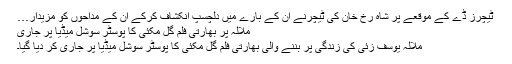
ٹیچرز ڈے کے موقعے پر شاہ رخ خان کی ٹیچرنے ان کے بارے میں دلچسپ انکشاف کرکے ان کے مداحوں کو مزیدار…
ملالہ پر بھارتی فلم گل مکئی کا پوسٹر سوشل میڈیا پر جاری
ملالہ یوسف زئی کی زندگی پر بننے والی بھارتی فلم گل مکئی کا پوسٹر سوشل میڈیا پر جاری کر دیا گیا۔